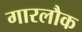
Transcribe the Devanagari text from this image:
गारलौक